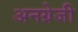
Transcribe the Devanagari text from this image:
अनग्रेजी